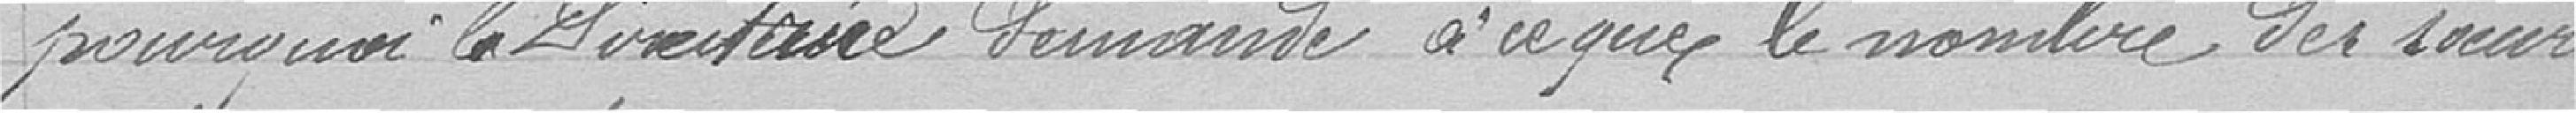
pourquoi le Directoire demande à ce que le nombre des sœurs